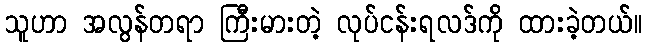
သူဟာ အလွန်တရာ ကြီးမားတဲ့ လုပ်ငန်းရလဒ်ကို ထားခဲ့တယ်။